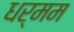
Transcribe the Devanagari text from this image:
धर्मम